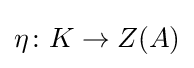
\eta \colon K\to Z(A)